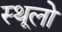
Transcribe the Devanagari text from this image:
स्थूलो